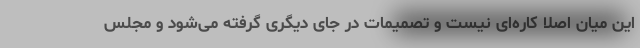
این میان اصلا کاره‌ای نیست و تصمیمات در جای دیگری گرفته می‌شود و مجلس